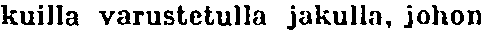
kuilla varustetulla jakulla, johon